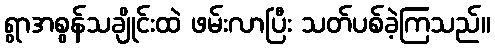
ရွာအစွန်သချိုင်းထဲ ဖမ်းလာပြီး သတ်ပစ်ခဲ့ကြသည်။